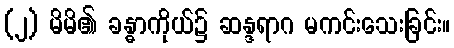
(၂) မိမိ၏ ခန္ဓာကိုယ်၌ ဆန္ဒရာဂ မကင်းသေးခြင်း။